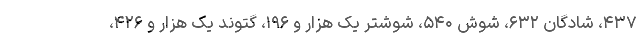
۴۳۷، شادگان ۶۳۲، شوش ۵۴۰، شوشتر یک هزار و ۱۹۶، گتوند یک هزار و ۴۲۶،